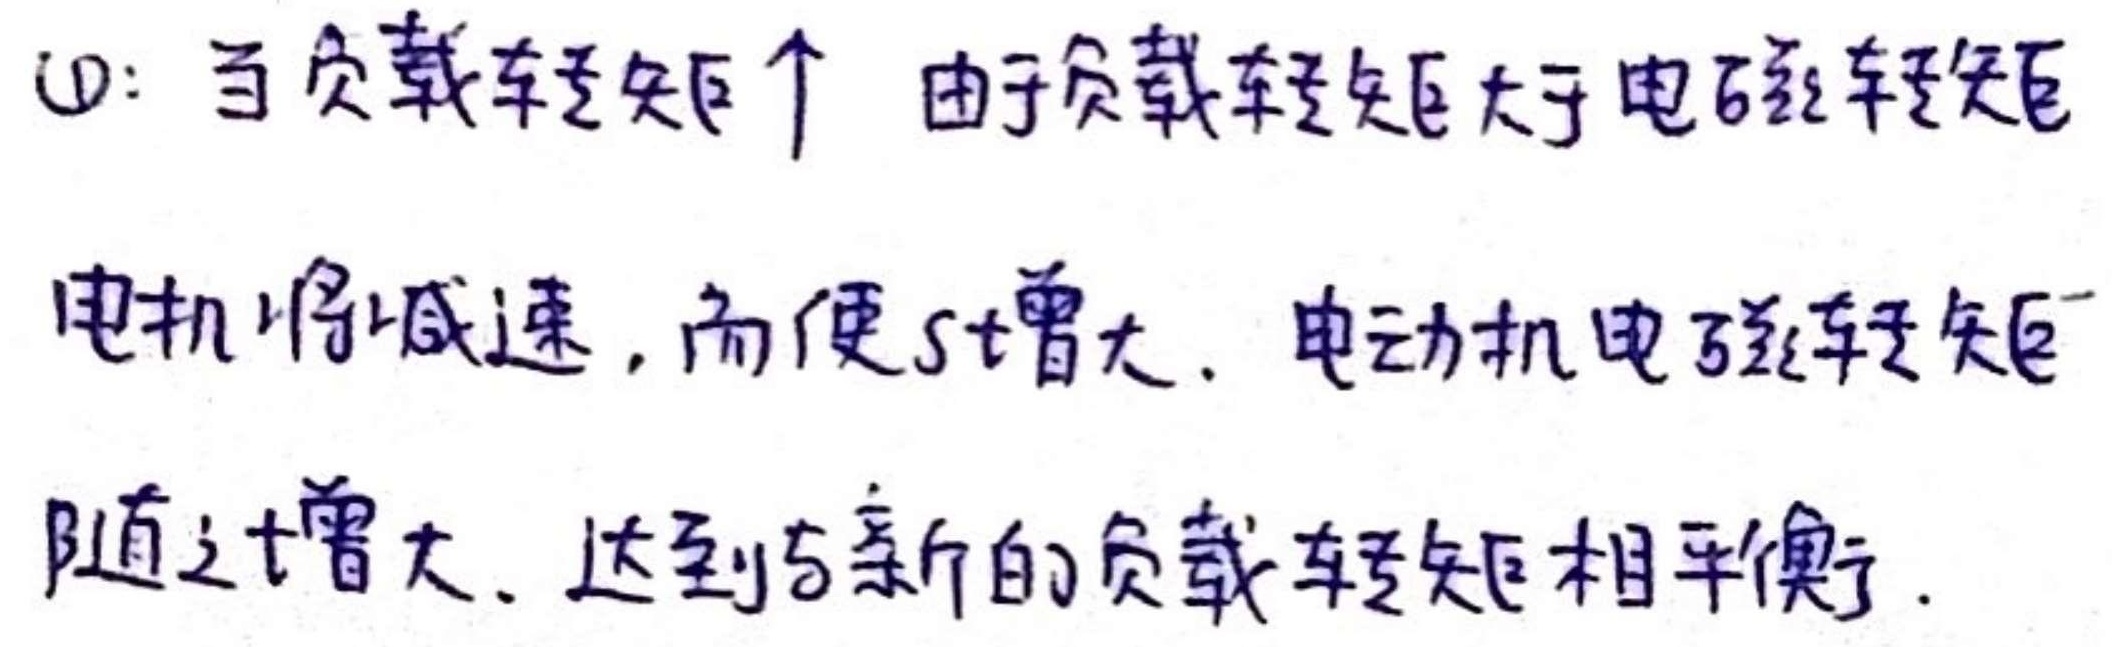
(1): 当负载转矩$\uparrow$ 由于负载转矩大于电磁转矩
电机将减速, 而使$s$增大. 电动机电磁转矩
随之增大. 达到与新的负载转矩相平衡.